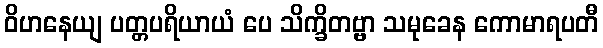
ဝိဟနေယျ ပတ္တပရိယာယံ ပေ သိက္ခိတဗ္ဗာ သမုခေန ကောမာရပတီ